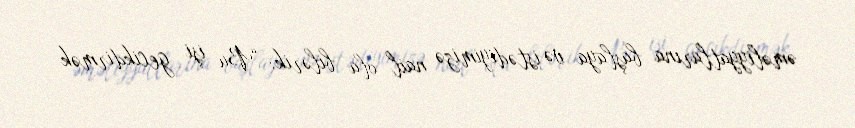
əməliyyatlarına başlaya və istədiyimizə nail ola bilərik: “Bu işi gecikdirmək